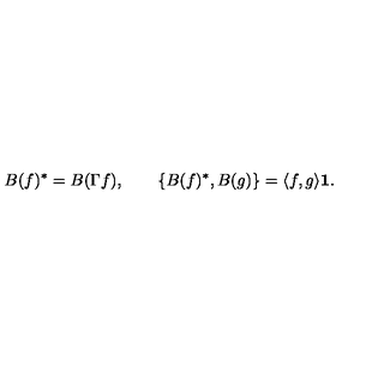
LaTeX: B ( f ) ^ { * } = B ( \Gamma f ) , \qquad \{ B ( f ) ^ { * } , B ( g ) \} = \langle f , g \rangle { \bf 1 } .